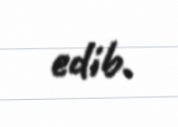
edib.